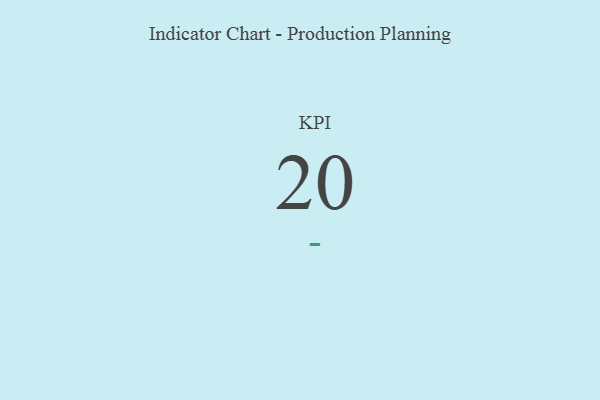
{"axis": {"x": "KPI", "y": "Value"}, "legend": [""], "data": [{"x": "KPI", "y": 20, "type": ""}]}